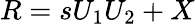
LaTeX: R=sU_{1}U_{2}+X